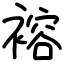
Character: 褣